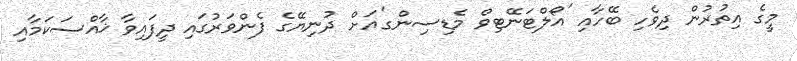
މީގެ އިތުރުން ދިވެހި ބޭހާއި 'އޯލްޓަނޭޓިވް މެޑިސިންގ'އަށް ދުނިޔޭގެ ފެންވަރުގައި ދީފައިވާ ޚާއްސަކަމާއި